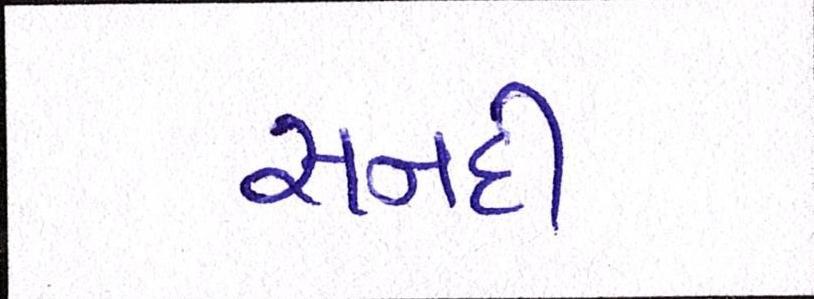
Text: સનદી